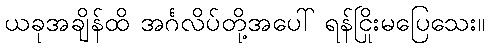
ယခုအချိန်ထိ အင်္ဂလိပ်တို့အပေါ် ရန်ငြိုးမပြေသေး။